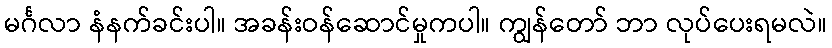
မင်္ဂလာ နံနက်ခင်းပါ။ အခန်းဝန်ဆောင်မှုကပါ။ ကျွန်တော် ဘာ လုပ်ပေးရမလဲ။